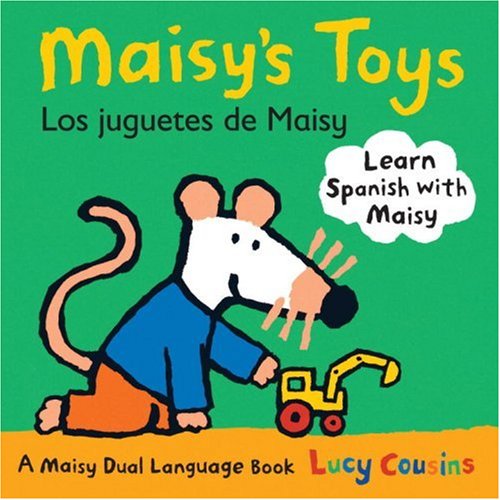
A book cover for Maisy's Toys Los Juguetes de Maisy: A Maisy Dual Language Book (Spanish Edition); Lucy Cousins; Children's Books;